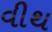
વીથ